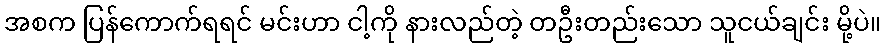
အစက ပြန်ကောက်ရရင် မင်းဟာ ငါ့ကို နားလည်တဲ့ တဦးတည်းသော သူငယ်ချင်း မို့ပဲ။